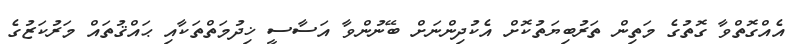
އެއްގޮތްވާ ގޮތުގެ މަތިން ތަރުބިޔަތުކޮށް އެކުދިންނަށް ބޭނުންވާ އަސާސީ ޚިދުމަތްތަކާއި ޙައްޤުތައް މަރުކަޒުގެ